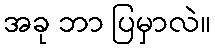
အခု ဘာ ပြမှာလဲ။